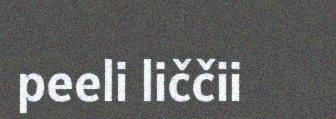
peeli liččii